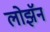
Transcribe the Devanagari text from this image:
लोझॅन